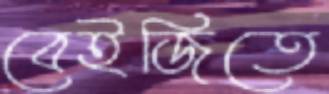
বেইজিতে